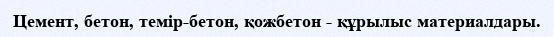
Цемент, бетон, темір-бетон, қожбетон - құрылыс материалдары.